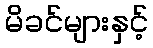
မိခင်များနှင့်